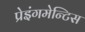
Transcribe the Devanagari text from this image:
प्रेइंगमेन्टिस